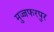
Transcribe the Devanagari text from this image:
मुज्जफरपुर